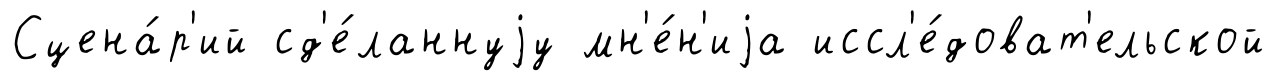
Сцена́р'ий сд'е́ланнуjу мн'е́н'иjа иссл'е́доват'ельской